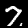
Digit: 7